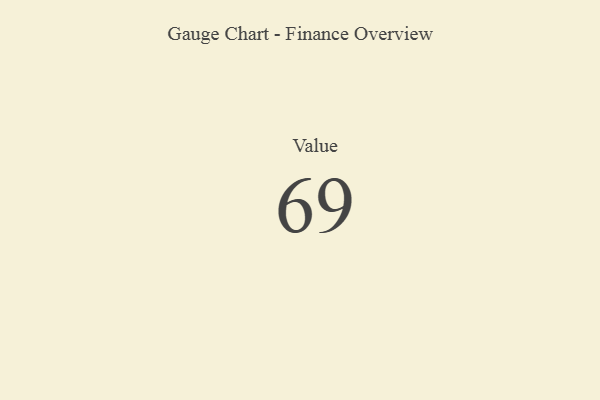
{"axis": {"x": "Metric", "y": "Value"}, "legend": [""], "data": [{"x": "Value", "y": 69, "type": ""}]}